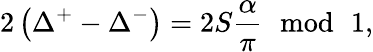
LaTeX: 2\left(\Delta^{+}-\Delta^{-}\right)=2S\frac{\alpha}{\pi}\, \, \bmod\, \, 1,